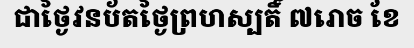
ជាថ្ងៃវនប័តថ្ងៃព្រហស្បតិ៍ ៧រោច ខែ